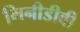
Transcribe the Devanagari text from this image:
मिनीडीवी